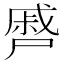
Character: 㞝